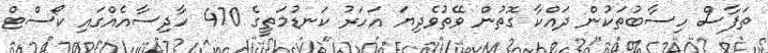
ތަފާސް ހިސާބުތަކުން ދައްކާ ގޮތުން ވޭތުވެދިޔަ އަހަރު ކަނޑުމަތީގެ 470 ހާދިސާއެއްގައި ކޯސްޓް